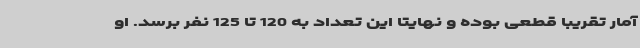
آمار تقریبا قطعی بوده و نهایتا این تعداد به 120 تا 125 نفر برسد. او